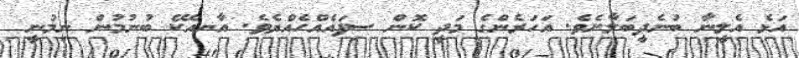
އަޅެ އެލީނާ ބުނެދީބަލާށެވެ. އަހަރެންގެ މަދީ ކޮން ސިފައެއްހެއްޔެވެ. އާނއެކޭ ބުނުމުން ނިމުނީ